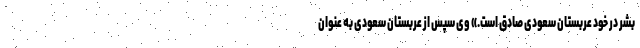
بشر در خود عربستان سعودی صادق است.» وی سپس از عربستان سعودی به عنوان